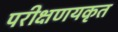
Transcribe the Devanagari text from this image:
परीक्षणयकृत